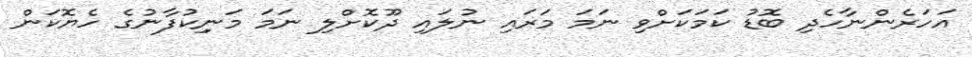
އަހަރެންނާހެދި ބޮޑު ކަމަކަށްވި ނަމަ މަރައި ނުލައި ދޫކޮށްލި ނަމަ މަނިިކުފާނުގެ ހެޔޮކަން